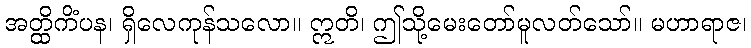
အတ္ထိကိံပန၊ ရှိလေကုန်သလော။ ဣတိ၊ ဤသို့မေးတော်မူလတ်သော်။ မဟာရာဇ၊